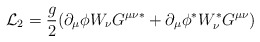
\begin{align*}{\cal L} _2 = \frac{g}{2}(\partial _{\mu} \phi W_{\nu} G^{\mu \nu \ast}+\partial _{\mu} \phi ^{\ast} W_{\nu} ^{\ast} G^{\mu \nu})\end{align*}